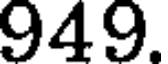
949.